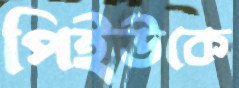
পিইউকে